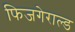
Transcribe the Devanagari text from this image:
फिजगेराल्ड